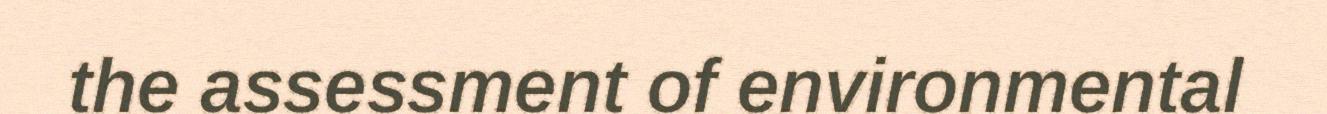
the assessment of environmental